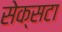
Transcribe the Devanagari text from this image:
सेक्सटा